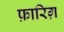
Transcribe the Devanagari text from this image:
फ़ारिग़